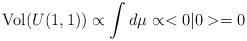
LaTeX: \begin{align*}\mbox{Vol}(U(1,1))\propto \int d\mu\propto <0|0>=0\end{align*}